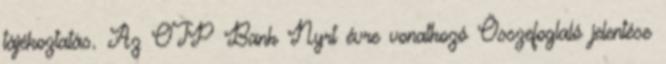
tájékoztatás. Az OTP Bank Nyrt évre vonatkozó Összefoglaló jelentése